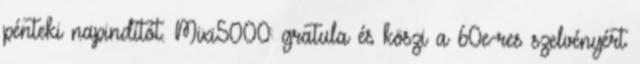
pénteki napindítót. Mixi5000: gratula és köszi a 60e-res szelvényért